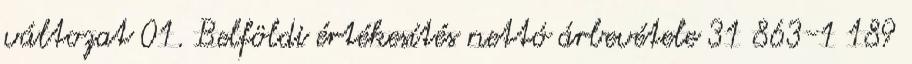
változat 01. Belföldi értékesítés nettó árbevétele 31 863-1 189